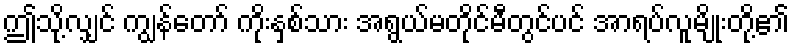
ဤသို့လျှင် ကျွန်တော် ကိုးနှစ်သား အရွယ်မတိုင်မီတွင်ပင် အာရပ်လူမျိုးတို့၏